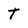
Character: T